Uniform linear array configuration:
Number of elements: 12
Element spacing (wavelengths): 0.25
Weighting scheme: cosine
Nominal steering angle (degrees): -15
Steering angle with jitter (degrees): -16.96
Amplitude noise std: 0.05
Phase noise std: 0.05

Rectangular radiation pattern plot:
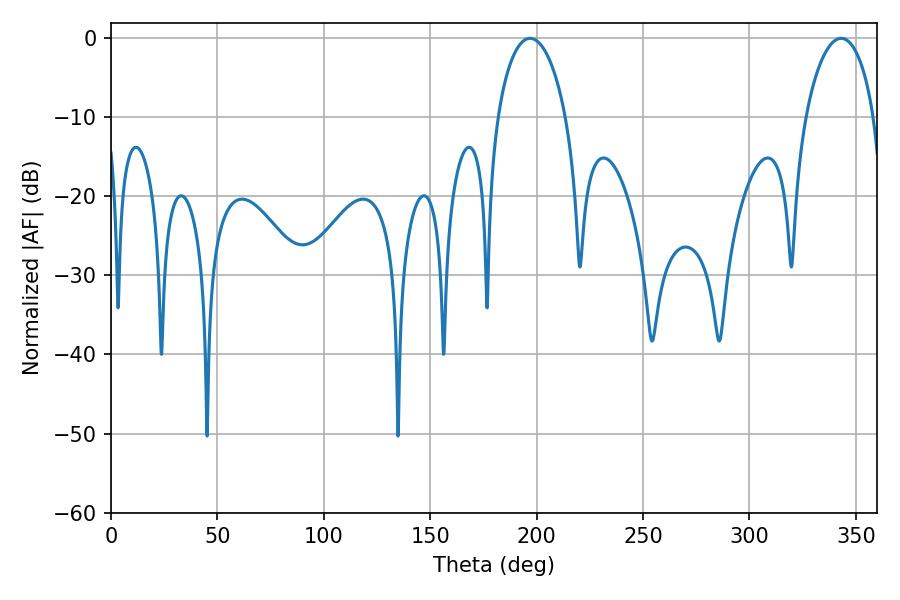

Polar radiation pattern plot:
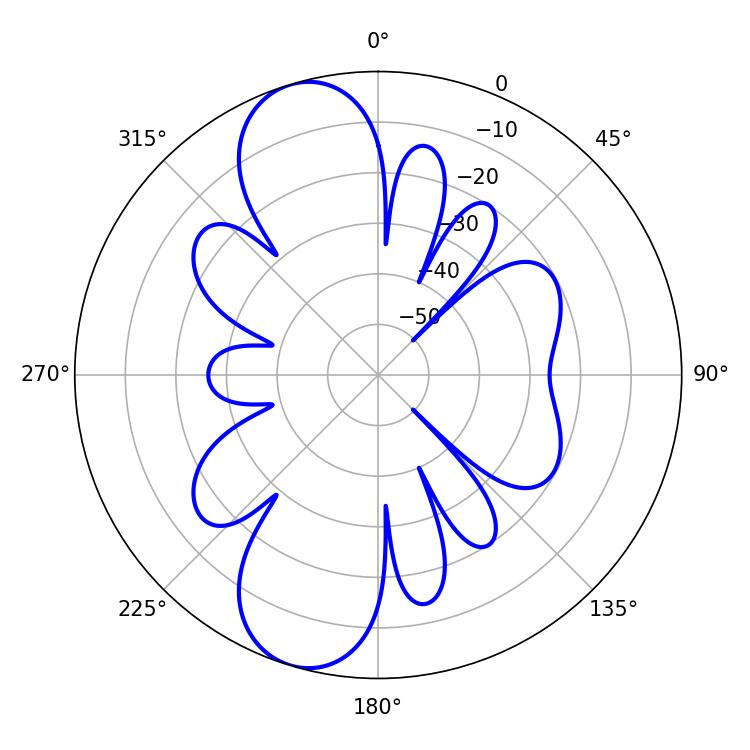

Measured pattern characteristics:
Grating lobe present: FALSE
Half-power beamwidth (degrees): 18.36
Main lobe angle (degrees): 196.92